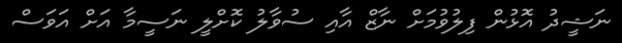
ނަޝީދު އޮޅުން ފިލުވުމަށް ނާޒް އާއި ސުވާލު ކޮށްލީ ނަސީމާ އަށް އަވަސް